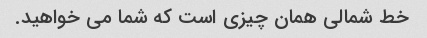
خط شمالی همان چیزی است که شما می خواهید.